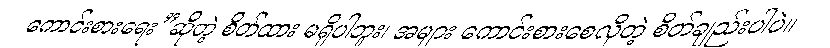
ကောင်းစားရေး”ဆိုတဲ့ စိတ်ထား မရှိပါဘူး၊ အများ ကောင်းစားစေလိုတဲ့ စိတ်ချည်းပါပဲ။